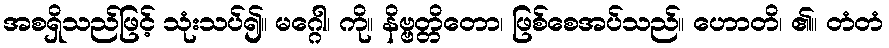
အစရှိသည်ဖြင့် သုံးသပ်၍။ မဂ္ဂေါ၊ ကို။ နိဗ္ဗတ္တိတော၊ ဖြစ်စေအပ်သည်။ ဟောတိ၊ ၏။ တံတံ